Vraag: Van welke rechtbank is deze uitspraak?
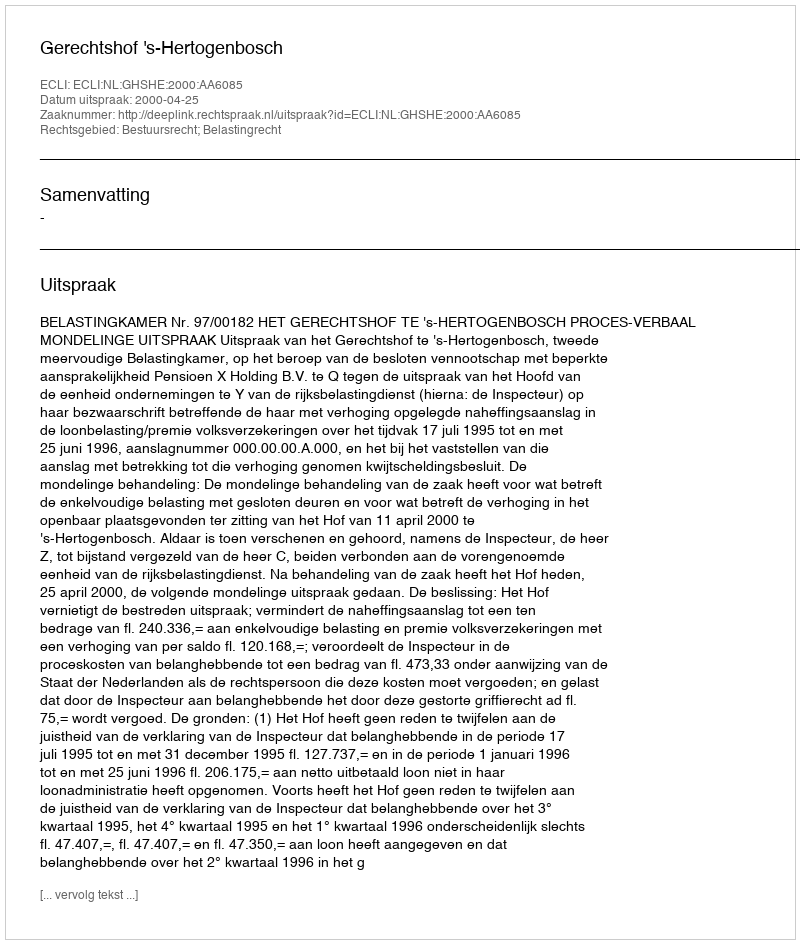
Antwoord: Gerechtshof 's-Hertogenbosch